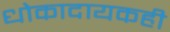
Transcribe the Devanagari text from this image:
धोकादायकही